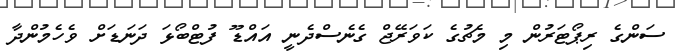
ސަންގެ ރިޕޯޓަރުން މި މެޗުގެ ކަވަރޭޖް ގެނެސްދެނީ އައްޑޫ ފުޓްބޯޅަ ދަނަޑަށް ވެހެމުންދާ